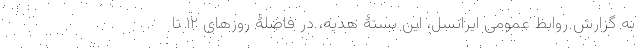
به گزارش روابط عمومی ایرانسل، این بستۀ هدیه، در فاصلۀ روزهای ۱۲ تا